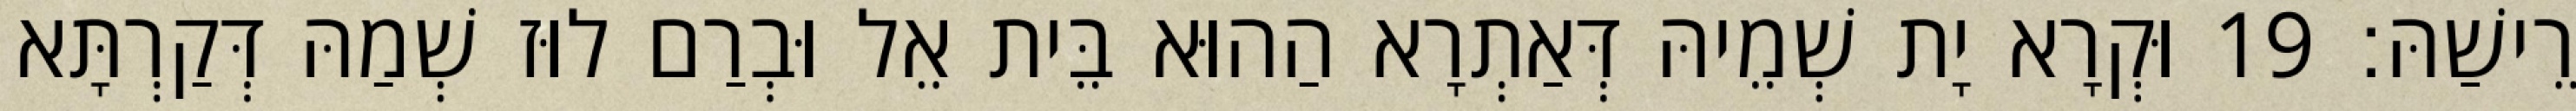
רֵישַׁהּ׃ 19 וּקְרָא יָת שְׁמֵיהּ דְּאַתְרָא הַהוּא בֵּית אֵל וּבְרַם לוּז שְׁמַהּ דְּקַרְתָּא